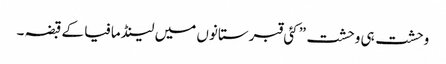
وحشت ہی وحشت” کئی قبرستانوں میں لینڈ مافیا کے قبضہ ۔